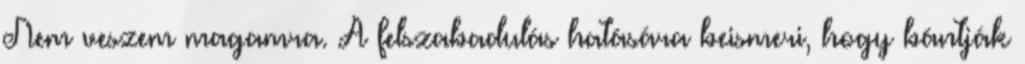
Nem veszem magamra. A felszabadulás hatására beismeri, hogy bántják